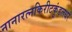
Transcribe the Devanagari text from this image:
नानारत्नकिरीटकुंडलधरं